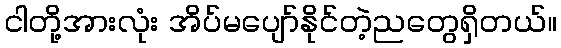
ငါတို့အားလုံး အိပ်မပျော်နိုင်တဲ့ညတွေရှိတယ်။